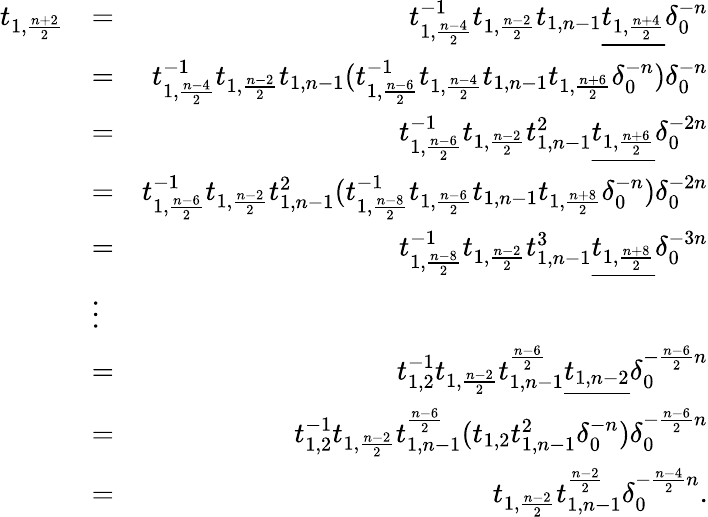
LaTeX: \begin{array}{rlr}{t_{1,\frac{n+2}{2}}}&{=}&{t_{1,\frac{n-4}{2}}^{-1}t_{1,\frac{n-2}{2}}t_{1,n-1}\underline{{t_{1,\frac{n+4}{2}}}}\delta_{0}^{-n}}\\ &{=}&{t_{1,\frac{n-4}{2}}^{-1}t_{1,\frac{n-2}{2}}t_{1,n-1}(t_{1,\frac{n-6}{2}}^{-1}t_{1,\frac{n-4}{2}}t_{1,n-1}t_{1,\frac{n+6}{2}}\delta_{0}^{-n})\delta_{0}^{-n}}\\ &{=}&{t_{1,\frac{n-6}{2}}^{-1}t_{1,\frac{n-2}{2}}t_{1,n-1}^{2}\underline{{t_{1,\frac{n+6}{2}}}}\delta_{0}^{-2n}}\\ &{=}&{t_{1,\frac{n-6}{2}}^{-1}t_{1,\frac{n-2}{2}}t_{1,n-1}^{2}(t_{1,\frac{n-8}{2}}^{-1}t_{1,\frac{n-6}{2}}t_{1,n-1}t_{1,\frac{n+8}{2}}\delta_{0}^{-n})\delta_{0}^{-2n}}\\ &{=}&{t_{1,\frac{n-8}{2}}^{-1}t_{1,\frac{n-2}{2}}t_{1,n-1}^{3}\underline{{t_{1,\frac{n+8}{2}}}}\delta_{0}^{-3n}}\\ &{\vdots}&\\ &{=}&{t_{1,2}^{-1}t_{1,\frac{n-2}{2}}t_{1,n-1}^{\frac{n-6}{2}}\underline{{t_{1,n-2}}}\delta_{0}^{-\frac{n-6}{2}n}}\\ &{=}&{t_{1,2}^{-1}t_{1,\frac{n-2}{2}}t_{1,n-1}^{\frac{n-6}{2}}(t_{1,2}t_{1,n-1}^{2}\delta_{0}^{-n})\delta_{0}^{-\frac{n-6}{2}n}}\\ &{=}&{t_{1,\frac{n-2}{2}}t_{1,n-1}^{\frac{n-2}{2}}\delta_{0}^{-\frac{n-4}{2}n}.}\end{array}